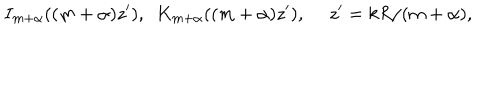
LaTeX: I _ { m + \alpha } ( ( m + \alpha ) z ^ { \prime } ) , \ \ K _ { m + \alpha } ( ( m + \alpha ) z ^ { \prime } ) , \ z ^ { \prime } = k R / ( m + \alpha ) ,